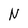
Character: N